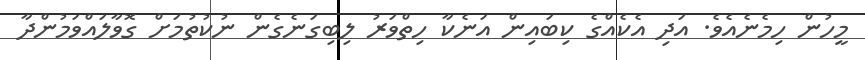
މީހުން ހިމެނެއެވެ. އަދި އެކެއްގެ ކިބައިން އަނެކާ ހިތްވަރު ލިބިގަނެގެން ނުކުތުމަށް ގޮވާލައްވަމުންދާ